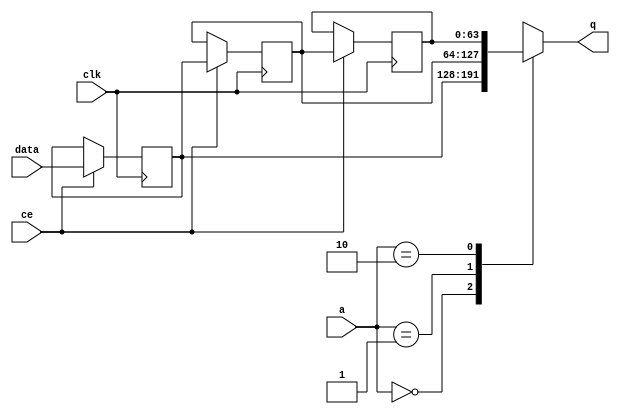


`timescale 1 ns / 1 ps

module kernel_cc_fifo_w64_d3_S_shiftReg (
    clk,
    data,
    ce,
    a,
    q);

parameter DATA_WIDTH = 32'd64;
parameter ADDR_WIDTH = 32'd2;
parameter DEPTH = 3'd3;

input clk;
input [DATA_WIDTH-1:0] data;
input ce;
input [ADDR_WIDTH-1:0] a;
output [DATA_WIDTH-1:0] q;

reg[DATA_WIDTH-1:0] SRL_SIG [0:DEPTH-1];
integer i;

always @ (posedge clk)
    begin
        if (ce)
        begin
            for (i=0;i<DEPTH-1;i=i+1)
                SRL_SIG[i+1] <= SRL_SIG[i];
            SRL_SIG[0] <= data;
        end
    end

assign q = SRL_SIG[a];

endmodule

module kernel_cc_fifo_w64_d3_S (
    clk,
    reset,
    if_empty_n,
    if_read_ce,
    if_read,
    if_dout,
    if_full_n,
    if_write_ce,
    if_write,
    if_din);

parameter MEM_STYLE   = "shiftreg";
parameter DATA_WIDTH  = 32'd64;
parameter ADDR_WIDTH  = 32'd2;
parameter DEPTH       = 3'd3;

input clk;
input reset;
output if_empty_n;
input if_read_ce;
input if_read;
output[DATA_WIDTH - 1:0] if_dout;
output if_full_n;
input if_write_ce;
input if_write;
input[DATA_WIDTH - 1:0] if_din;

wire[ADDR_WIDTH - 1:0] shiftReg_addr ;
wire[DATA_WIDTH - 1:0] shiftReg_data, shiftReg_q;
wire                     shiftReg_ce;
reg[ADDR_WIDTH:0] mOutPtr = ~{(ADDR_WIDTH+1){1'b0}};
reg internal_empty_n = 0;
reg internal_full_n = 1;

assign if_full_n = internal_full_n;
assign if_empty_n = internal_empty_n;
assign shiftReg_data = if_din;
assign if_dout = shiftReg_q;

always @ (posedge clk) begin
    if (reset == 1'b1)
    begin
        mOutPtr <= ~{ADDR_WIDTH+1{1'b0}};
        internal_empty_n <= 1'b0;
        internal_full_n <= 1'b1;
    end
    else begin
        if (((if_read & if_read_ce) == 1 & internal_empty_n == 1) && 
            ((if_write & if_write_ce) == 0 | internal_full_n == 0))
        begin
            mOutPtr <= mOutPtr - 3'd1;
            if (mOutPtr == 3'd0)
                internal_empty_n <= 1'b0;
            internal_full_n <= 1'b1;
        end 
        else if (((if_read & if_read_ce) == 0 | internal_empty_n == 0) && 
            ((if_write & if_write_ce) == 1 & internal_full_n == 1))
        begin
            mOutPtr <= mOutPtr + 3'd1;
            internal_empty_n <= 1'b1;
            if (mOutPtr == DEPTH - 3'd2)
                internal_full_n <= 1'b0;
        end 
    end
end

assign shiftReg_addr = mOutPtr[ADDR_WIDTH] == 1'b0 ? mOutPtr[ADDR_WIDTH-1:0]:{ADDR_WIDTH{1'b0}};
assign shiftReg_ce = (if_write & if_write_ce) & internal_full_n;

kernel_cc_fifo_w64_d3_S_shiftReg 
#(
    .DATA_WIDTH(DATA_WIDTH),
    .ADDR_WIDTH(ADDR_WIDTH),
    .DEPTH(DEPTH))
U_kernel_cc_fifo_w64_d3_S_ram (
    .clk(clk),
    .data(shiftReg_data),
    .ce(shiftReg_ce),
    .a(shiftReg_addr),
    .q(shiftReg_q));

endmodule